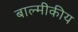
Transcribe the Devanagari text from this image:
बाल्मीकीय